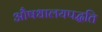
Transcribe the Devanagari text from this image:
औषधालयपद्धति